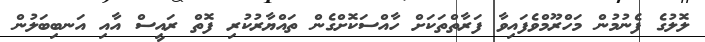
ލޮލުގެ ފެނުމުން މަހްރޫމްވެފައިވާ ފަރާތްތަކަށް ހާއްސަކޮށްގެން ތައްޔާރުކުރި ފޮތް ރައީސް އާއި އަނބިބަލުން